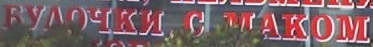
EYAOYKN C MAKOM